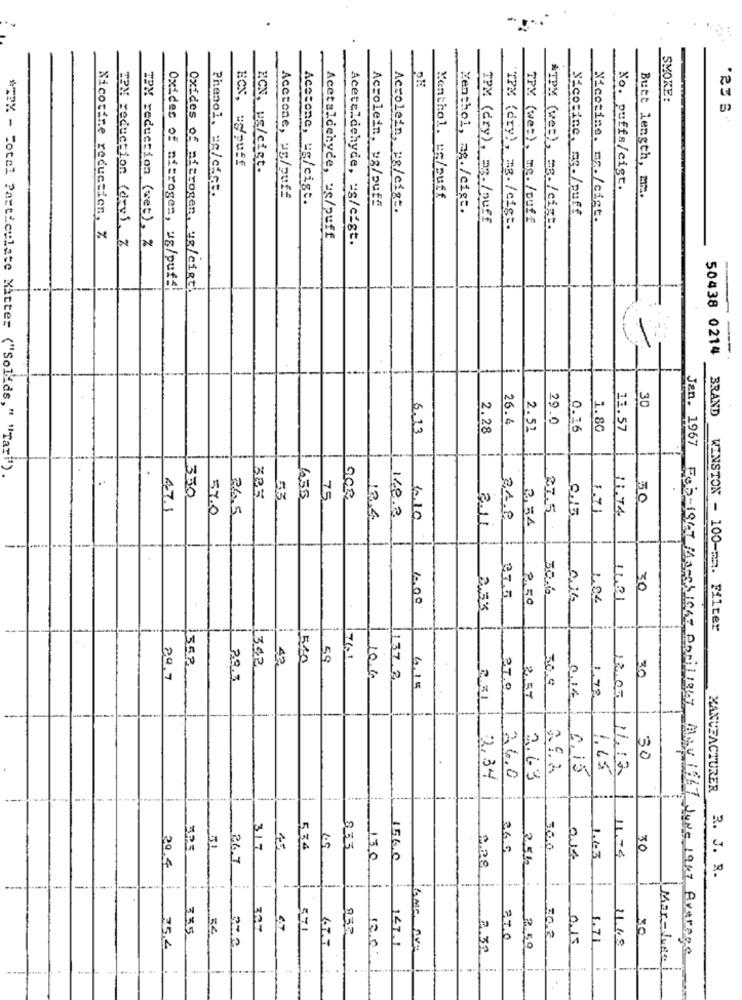
.
SMOKE:
"23 6"
ECN, ug/puff
HCN, ug/cigt.
No. puffs/cist.
Butt length, m.
Phenol. ms/ciet.
Acetone, us/puff
Acetone, ug/cist.
Accolein, w3/ouff
Menthol. us/puff
Acrolein, ug/eigt.
Menthol, mg./cist.
Nicotine, mg./puff
TPM (dry), ag./puff
TPM (we=), mg./ouff
*TPM (wet), mg./ cigt.
Nicotine. m./cist.
Acetaldehyde, us/puff
TPM (dry), mg. /cigt.
Nicotine reduction, %
TPM reduction (wet), %
Acetaldehyde, us/cist.
I'M reduction (drv). 7
-
---
---
Oxides of nitrogen, ug/puff
Oxides of nitrogen, ug/cigt.
50438 0214
30
26.4
29.0
BRAND
6.13
2.28
2.51
0.16
1.80
11.57
*TPX - Hotel Particulate Matter ("Solids," "Tar"")
350
.
53
655
75
30
47.1
57.0
26.5
118.2
27.5
1.71
11.74
6,10
2.1.0
311
30.6
30
1.00
37.5
2,50
486
1431
3.5%
WINSTON - 100-mm. Filter
552
1342
42
1500
59
71.1
30
29.7
29.3
106
137.3
30.9
6.15
27.0
1.72
P
2,57
30
0,15
1,65
11.12
3.34
26.0
2.63
MANUFACTURER
317
534
1.9
833
500
11.74
70
26.7
130
1560
0,00
1,63
20.4
2.512
R. J. R.
54
307
571
6. T.T
370
30.2
0.15
1.71
11.45
30
300
147.1
lama ave
2.30
2.50
Jan. 1967 Foi-1967 Marchlase Danilight Aav 1967 June 1947 Average
Mor-June